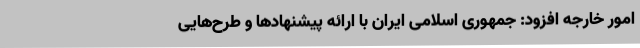
امور خارجه افزود: جمهوری اسلامی ایران با ارائه پیشنهادها و طرح‌هایی